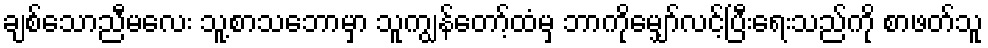
ချစ်သောညီမလေး သူ့စာသဘောမှာ သူကျွန်တော့်ထံမှ ဘာကိုမျှော်လင့်ပြီးရေးသည်ကို စာဖတ်သူ